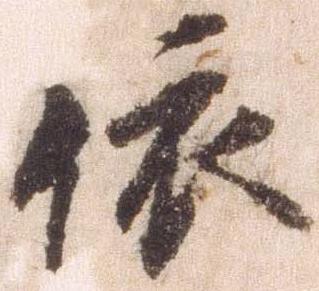
依